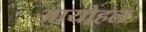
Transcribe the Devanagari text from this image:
आयोहल